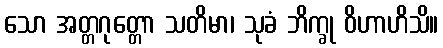
သော အတ္တဂုတ္တော သတိမာ၊ သုခံ ဘိက္ခု ဝိဟာဟိသိ။